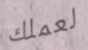
لعملك